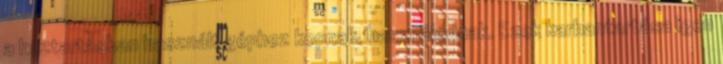
a háztartásban használt géphez kopnak, használódnak. Ezek karbantartása igen